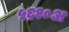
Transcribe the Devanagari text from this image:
५६१०अ